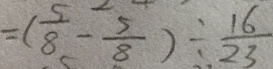
= ( \frac { 5 } { 8 } - \frac { 5 } { 8 } ) \div \frac { 1 6 } { 2 3 }